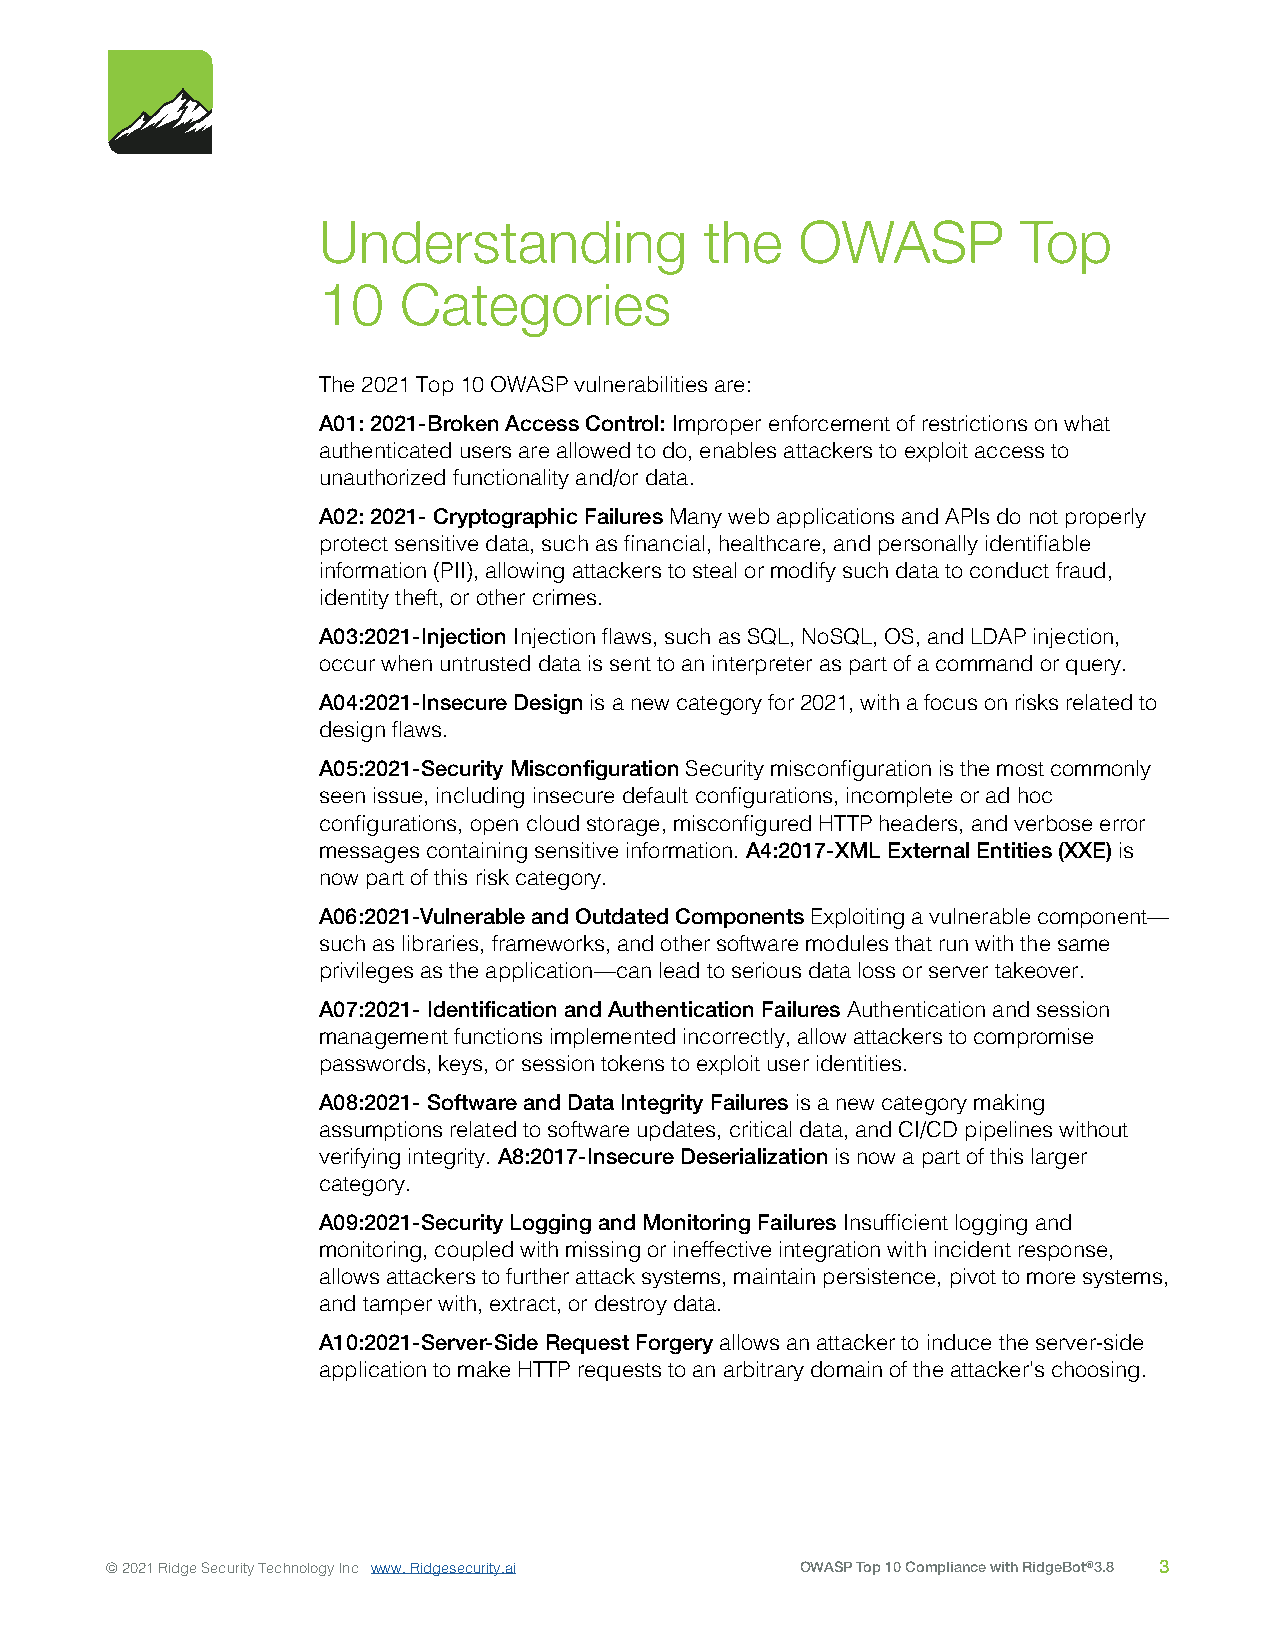
Understanding             the   OWASP          Top
 10   Categories
 The 2021 Top 10 OWASP vulnerabilities are:
 A01: 2021-Broken Access Control: Improper enforcement of restrictions on what
 authenticated users are allowed to do, enables attackers to exploit access to
 unauthorized functionality and/or data.
 A02: 2021- Cryptographic Failures Many web applications and APIs do not properly
 protect sensitive data, such as financial, healthcare, and personally identifiable
 information (PII), allowing attackers to steal or modify such data to conduct fraud,
 identity theft, or other crimes.
 A03:2021-Injection Injection flaws, such as SQL, NoSQL, OS, and LDAP injection,
 occur when untrusted data is sent to an interpreter as part of a command or query.
 A04:2021-Insecure Design is a new category for 2021, with a focus on risks related to
 design flaws.
 A05:2021-Security Misconfiguration Security misconfiguration is the most commonly
 seen issue, including insecure default configurations, incomplete or ad hoc
 configurations, open cloud storage, misconfigured HTTP headers, and verbose error
 messages containing sensitive information. A4:2017-XML External Entities (XXE) is
 now part of this risk category.
 A06:2021-Vulnerable and Outdated Components Exploiting a vulnerable component—
 such as libraries, frameworks, and other software modules that run with the same
 privileges as the application—can lead to serious data loss or server takeover.
 A07:2021- Identification and Authentication Failures Authentication and session
 management functions implemented incorrectly, allow attackers to compromise
 passwords, keys, or session tokens to exploit user identities.
 A08:2021- Software and Data Integrity Failures is a new category making
 assumptions related to software updates, critical data, and CI/CD pipelines without
 verifying integrity. A8:2017-Insecure Deserialization is now a part of this larger
 category.
 A09:2021-Security Logging and Monitoring Failures Insufficient logging and
 monitoring, coupled with missing or ineffective integration with incident response,
 allows attackers to further attack systems, maintain persistence, pivot to more systems,
 and tamper with, extract, or destroy data.
 A10:2021-Server-Side Request Forgery allows an attacker to induce the server-side
 application to make HTTP requests to an arbitrary domain of the attacker's choosing.
 © 2021 Ridge Security Technology Inc www. Ridgesecurity.ai OWASP Top 10 Compliance with RidgeBot®3.8 3